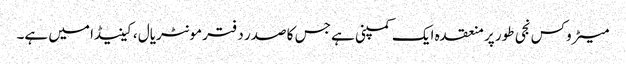
میٹروکس نجی طور پر منعقدہ ایک کمپنی ہے جس کا صدر دفتر مونٹریال ، کینیڈا میں ہے۔